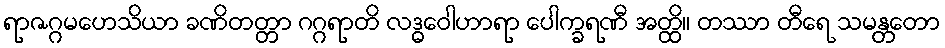
ရာဇဂ္ဂမဟေသိယာ ခဏိတတ္တာ ဂဂ္ဂရာတိ လဒ္ဓဝေါဟာရာ ပေါက္ခရဏီ အတ္ထိ။ တဿာ တီရေ သမန္တတော